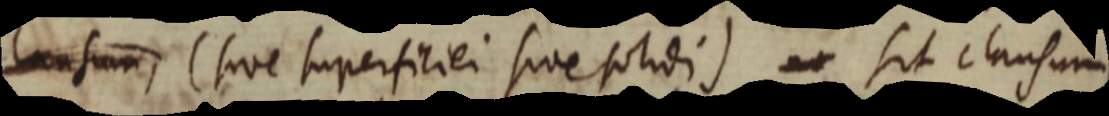
sum, (sive superficiei sive solidi) sit clausum